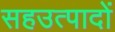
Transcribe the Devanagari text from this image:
सहउत्पादों